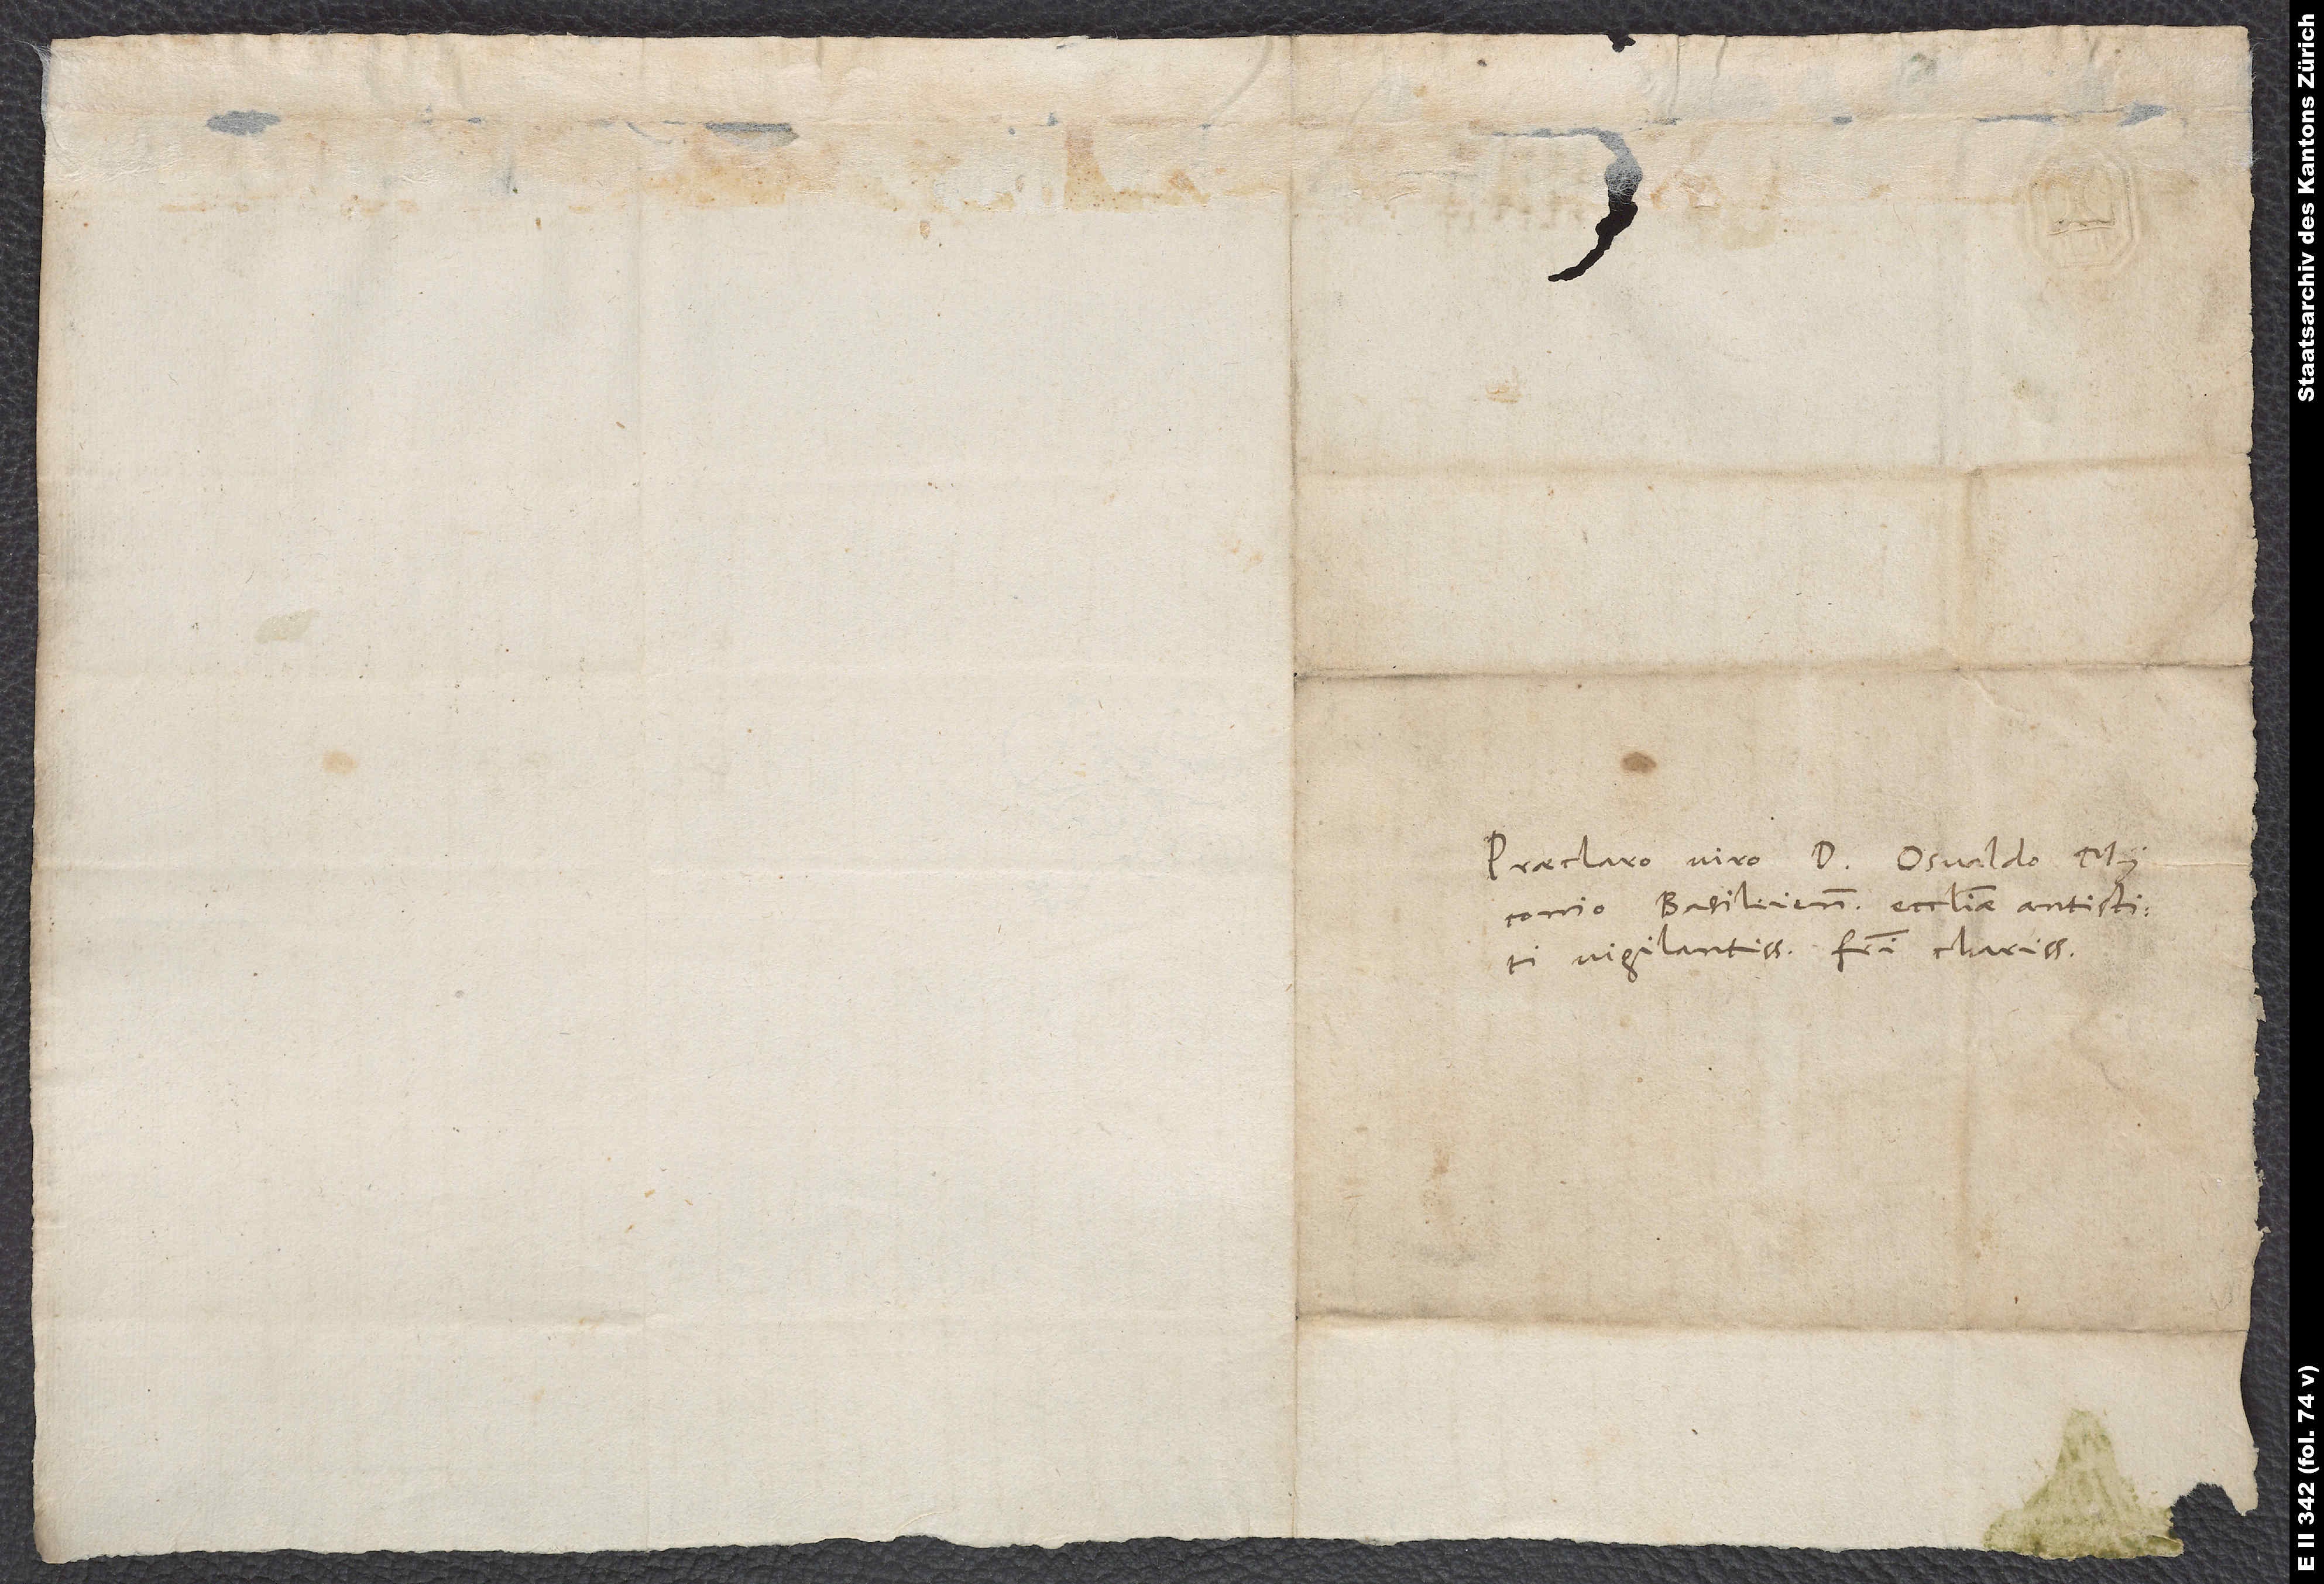
Praeclaro viro d. Osvaldo
Basileiensis ecclesiae antistiti
vigilantissimo, fratri charissimo.